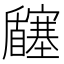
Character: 𡬉